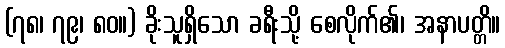
(၇၈၊ ၇၉၊ ၈၀။) ခိုးသူရှိသော ခရီးသို့ စေလိုက်၏၊ အနာပတ္တိ။